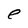
Character: e